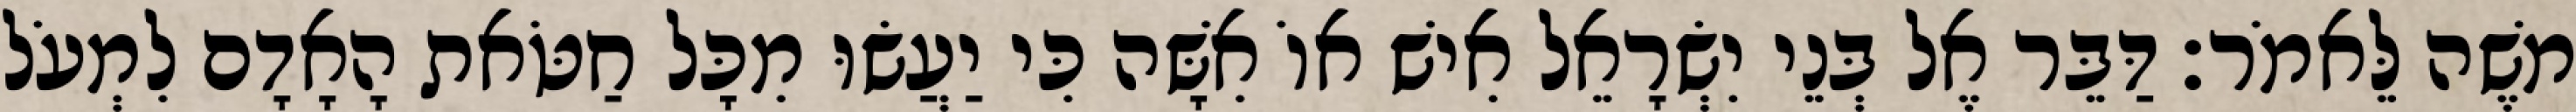
משֶׁה לֵּאמֹר׃ דַּבֵּר אֶל בְּנֵי יִשְׂרָאֵל אִישׁ אוֹ אִשָּׁה כִּי יַעֲשׂוּ מִכָּל חַטֹּאת הָאָדָם לִמְעֹל